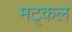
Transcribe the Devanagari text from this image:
मट्कल